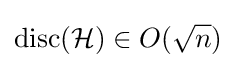
\operatorname {disc} ({\mathcal {H}})\in O({\sqrt {n}})